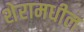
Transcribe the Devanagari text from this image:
शेरामधील